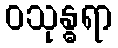
ဝသုန္ဓရာ